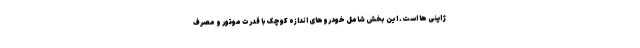
ژاپنی ها است. این بخش شامل خودروهای اندازه کوچک با قدرت موتور و مصرف